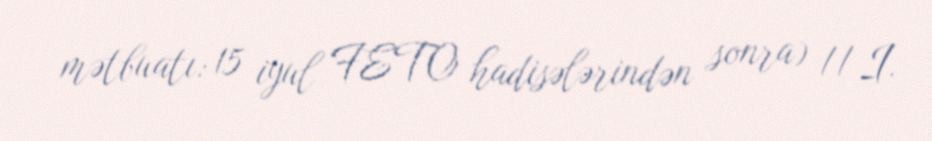
mətbuatı: 15 iyul FETO hadisələrindən sonra) // I.